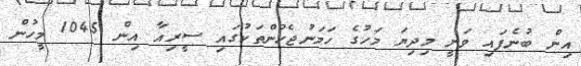
އިން ބުނެފައި ވަނީ މިދިޔަ މަހުގެ ހަމަނުޖެހުންތަކުގައި ސީރިއާ އިން 1045 މީހުން